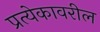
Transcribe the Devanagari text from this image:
प्रत्येकावरील